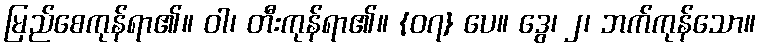
မြည်စေကုန်ရာ၏။ ဝါ၊ တီးကုန်ရာ၏။ {၀၇} ပေ။ ဒွေ၊ ၂၊ ဘက်ကုန်သော။